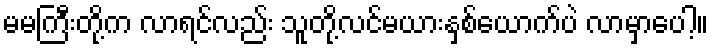
မမကြီးတို့က လာရင်လည်း သူတို့လင်မယားနှစ်ယောက်ပဲ လာမှာပေါ့။